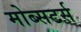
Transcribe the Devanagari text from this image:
मोब्सटर्स